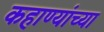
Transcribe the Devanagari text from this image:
कहाण्यांच्या